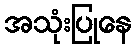
အသုံးပြုနေ